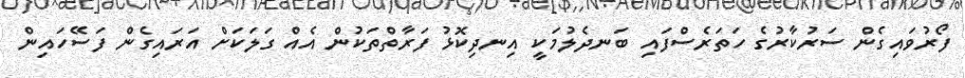
ފޯރުވައިގެން ސަރުކާރުގެ ހަތަރެސްފައި ބަނދެލުމަކީ އިނދިކޮޅު ފަރާތްތަކުން އެއް ގަލަކަށް އަރައިގެން ފަސޭހައިން